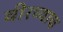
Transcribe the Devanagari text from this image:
वीरच्याच